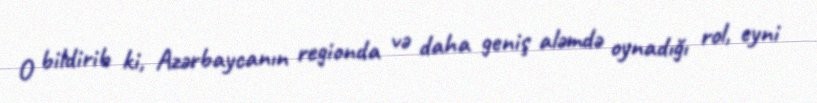
O bildirib ki, Azərbaycanın regionda və daha geniş aləmdə oynadığı rol, eyni